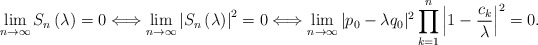
\begin{align*}\lim_{n \to \infty}S_n\left( \lambda \right)=0 \Longleftrightarrow \lim_{n \to \infty}\left| S_n\left( \lambda \right) \right|^2=0 \Longleftrightarrow \lim_{n \to \infty} |p_0-\lambda q_0|^2\prod_{k=1}^n \left| 1-\frac{c_k}{\lambda} \right|^2=0.\end{align*}